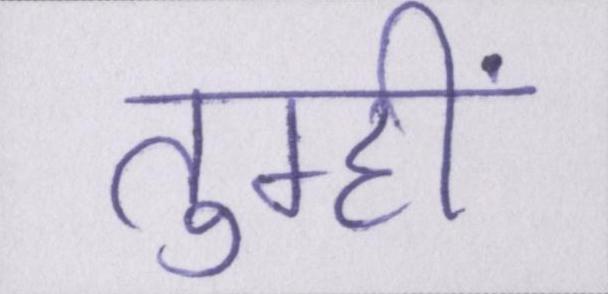
तुम्हीं